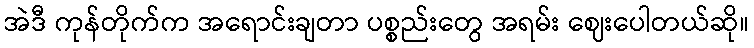
အဲဒီ ကုန်တိုက်က အရောင်းချတာ ပစ္စည်းတွေ အရမ်း ဈေးပေါတယ်ဆို။